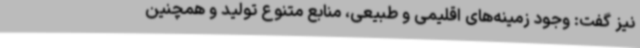
نیز گفت: وجود زمینه‌های اقلیمی و طبیعی، منابع متنوع تولید و همچنین